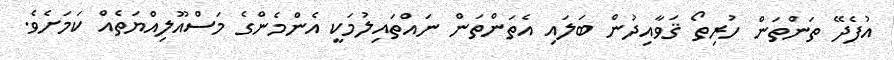
އުފެދޭ ތަންތަން ހުރިތޯ ޤަވާއިދުން ބަލައި އެތަންތަން ނައްތައިލުމަކީ އެންމެންގެ މަސްއޫލިއްޔަތެއް ކަމަށެވެ.